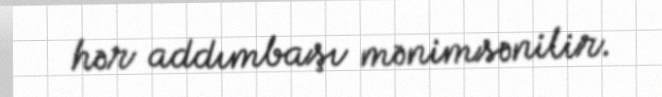
hər addımbaşı mənimsənilir.